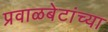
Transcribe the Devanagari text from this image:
प्रवाळबेटांच्या